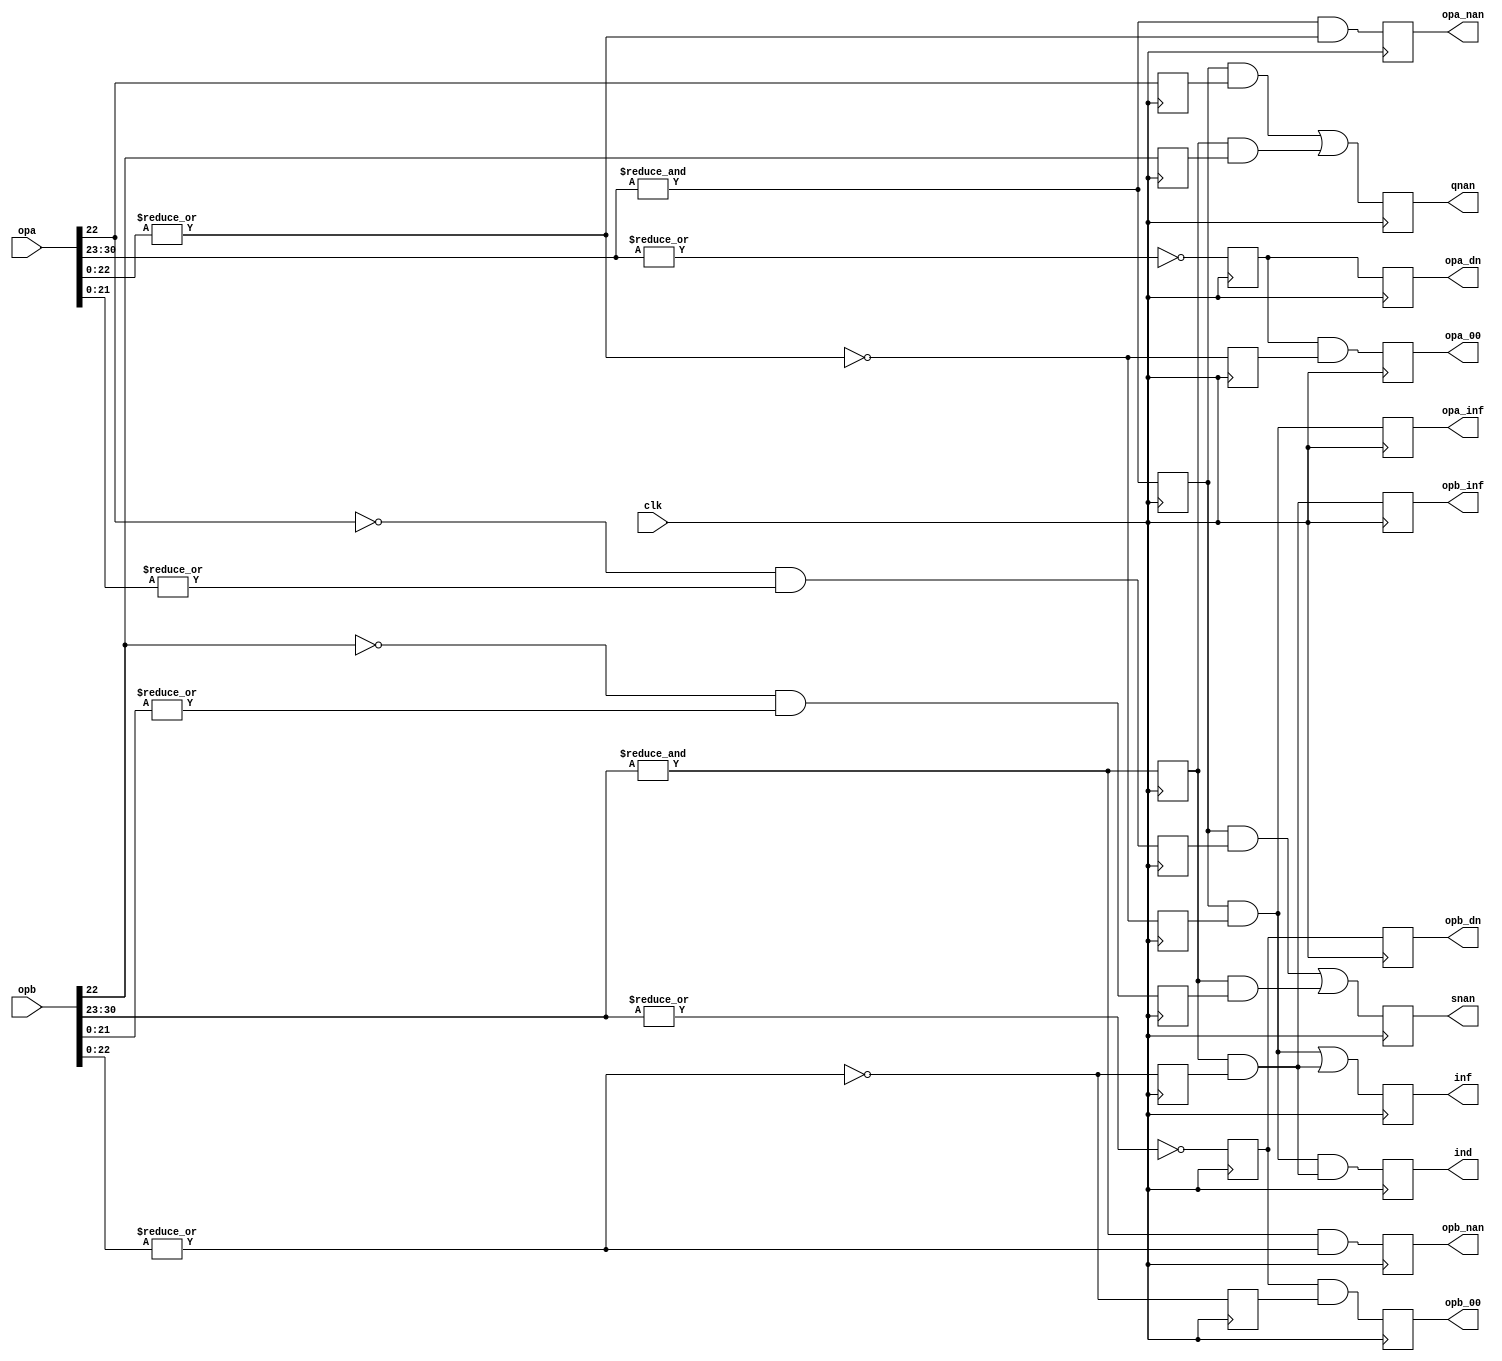
/////////////////////////////////////////////////////////////////////
////                                                             ////
////  EXCEPT                                                     ////
////  Floating Point Exception/Special Numbers Unit              ////
////                                                             ////
////          rudi@asics.ws                                      ////
////                                                             ////
/////////////////////////////////////////////////////////////////////
////                                                             ////
//// Copyright (C) 2000 Rudolf Usselmann                         ////
////                    rudi@asics.ws                            ////
////                                                             ////
//// This source file may be used and distributed without        ////
//// restriction provided that this copyright statement is not   ////
//// removed from the file and that any derivative work contains ////
//// the original copyright notice and the associated disclaimer.////
////                                                             ////
////     THIS SOFTWARE IS PROVIDED ``AS IS'' AND WITHOUT ANY     ////
//// EXPRESS OR IMPLIED WARRANTIES, INCLUDING, BUT NOT LIMITED   ////
//// TO, THE IMPLIED WARRANTIES OF MERCHANTABILITY AND FITNESS   ////
//// FOR A PARTICULAR PURPOSE. IN NO EVENT SHALL THE AUTHOR      ////
//// OR CONTRIBUTORS BE LIABLE FOR ANY DIRECT, INDIRECT,         ////
//// INCIDENTAL, SPECIAL, EXEMPLARY, OR CONSEQUENTIAL DAMAGES    ////
//// (INCLUDING, BUT NOT LIMITED TO, PROCUREMENT OF SUBSTITUTE   ////
//// GOODS OR SERVICES; LOSS OF USE, DATA, OR PROFITS; OR        ////
//// BUSINESS INTERRUPTION) HOWEVER CAUSED AND ON ANY THEORY OF  ////
//// LIABILITY, WHETHER IN  CONTRACT, STRICT LIABILITY, OR TORT  ////
//// (INCLUDING NEGLIGENCE OR OTHERWISE) ARISING IN ANY WAY OUT  ////
//// OF THE USE OF THIS SOFTWARE, EVEN IF ADVISED OF THE         ////
//// POSSIBILITY OF SUCH DAMAGE.                                 ////
////                                                             ////
/////////////////////////////////////////////////////////////////////


`timescale 1ns / 100ps


module except(	clk, opa, opb, inf, ind, qnan, snan, opa_nan, opb_nan,
		opa_00, opb_00, opa_inf, opb_inf, opa_dn, opb_dn);
input		clk;
input	[31:0]	opa, opb;
output		inf, ind, qnan, snan, opa_nan, opb_nan;
output		opa_00, opb_00;
output		opa_inf, opb_inf;
output		opa_dn;
output		opb_dn;

////////////////////////////////////////////////////////////////////////
//
// Local Wires and registers
//

wire	[7:0]	expa, expb;		// alias to opX exponent
wire	[22:0]	fracta, fractb;		// alias to opX fraction
reg		expa_ff, infa_f_r, qnan_r_a, snan_r_a;
reg		expb_ff, infb_f_r, qnan_r_b, snan_r_b;
reg		inf, ind, qnan, snan;	// Output registers
reg		opa_nan, opb_nan;
reg		expa_00, expb_00, fracta_00, fractb_00;
reg		opa_00, opb_00;
reg		opa_inf, opb_inf;
reg		opa_dn, opb_dn;

////////////////////////////////////////////////////////////////////////
//
// Aliases
//

assign   expa = opa[30:23];
assign   expb = opb[30:23];
assign fracta = opa[22:0];
assign fractb = opb[22:0];

////////////////////////////////////////////////////////////////////////
//
// Determine if any of the input operators is a INF or NAN or any other special number
//

always @(posedge clk)
	expa_ff <= #1 &expa;

always @(posedge clk)
	expb_ff <= #1 &expb;
	
always @(posedge clk)
	infa_f_r <= #1 !(|fracta);

always @(posedge clk)
	infb_f_r <= #1 !(|fractb);

always @(posedge clk)
	qnan_r_a <= #1  fracta[22];

always @(posedge clk)
	snan_r_a <= #1 !fracta[22] & |fracta[21:0];
	
always @(posedge clk)
	qnan_r_b <= #1  fractb[22];

always @(posedge clk)
	snan_r_b <= #1 !fractb[22] & |fractb[21:0];

always @(posedge clk)
	ind  <= #1 (expa_ff & infa_f_r) & (expb_ff & infb_f_r);

always @(posedge clk)
	inf  <= #1 (expa_ff & infa_f_r) | (expb_ff & infb_f_r);

always @(posedge clk)
	qnan <= #1 (expa_ff & qnan_r_a) | (expb_ff & qnan_r_b);

always @(posedge clk)
	snan <= #1 (expa_ff & snan_r_a) | (expb_ff & snan_r_b);

always @(posedge clk)
	opa_nan <= #1 &expa & (|fracta[22:0]);

always @(posedge clk)
	opb_nan <= #1 &expb & (|fractb[22:0]);

always @(posedge clk)
	opa_inf <= #1 (expa_ff & infa_f_r);

always @(posedge clk)
	opb_inf <= #1 (expb_ff & infb_f_r);

always @(posedge clk)
	expa_00 <= #1 !(|expa);

always @(posedge clk)
	expb_00 <= #1 !(|expb);

always @(posedge clk)
	fracta_00 <= #1 !(|fracta);

always @(posedge clk)
	fractb_00 <= #1 !(|fractb);

always @(posedge clk)
	opa_00 <= #1 expa_00 & fracta_00;

always @(posedge clk)
	opb_00 <= #1 expb_00 & fractb_00;

always @(posedge clk)
	opa_dn <= #1 expa_00;

always @(posedge clk)
	opb_dn <= #1 expb_00;

endmodule